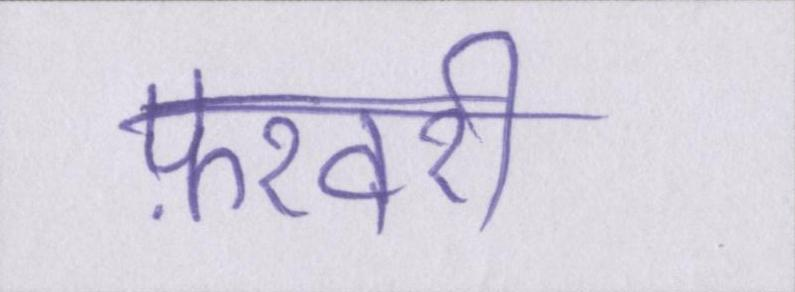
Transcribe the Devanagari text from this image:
फ़रवरी